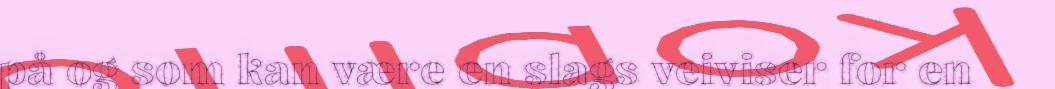
på og som kan være en slags veiviser for en